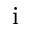
\mathrm { i }